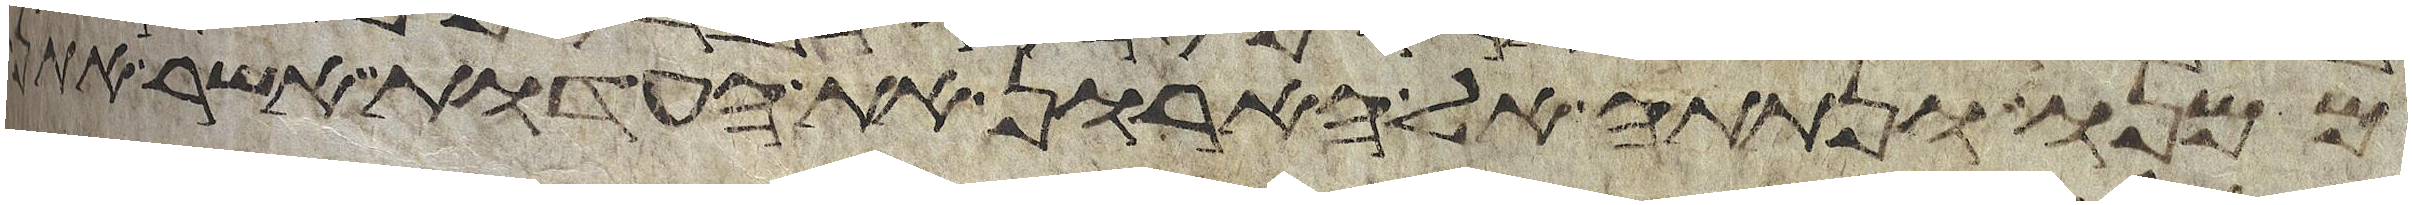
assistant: ממנו ונתתה אל הארון את העדות אשר אתן